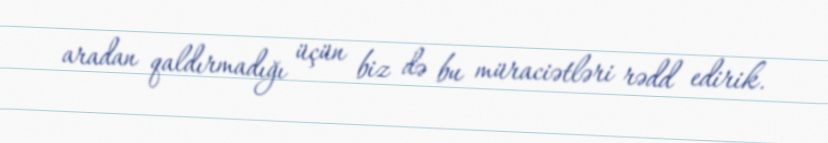
aradan qaldırmadığı üçün biz də bu müraciətləri rədd edirik.